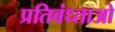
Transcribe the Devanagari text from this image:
प्रतिबंध्ताओ